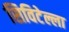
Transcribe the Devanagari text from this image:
सिविटेल्ला